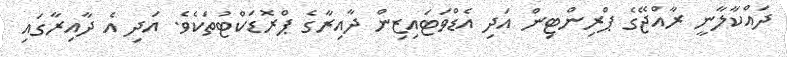
ދައްކާލާނީ ރާއްޖޭގެ ޕްރިންޓިން އަދި އެޑްވަޓައިޒިން ދާއިރާގެ ޕްރޮޑަކްޓުތަކެވެ. އަދި އެ ދާއިރާގައި